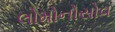
લોમોનોસોવ